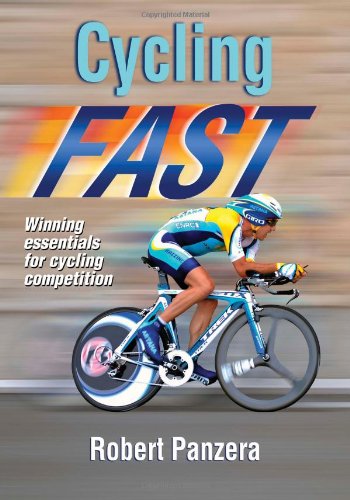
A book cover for Cycling Fast; Robert Panzera; Health, Fitness & Dieting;